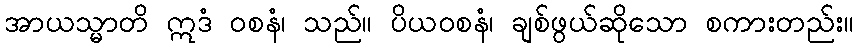
အာယသ္မာတိ ဣဒံ ဝစနံ၊ သည်။ ပိယဝစနံ၊ ချစ်ဖွယ်ဆိုသော စကားတည်း။